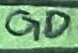
Text: GD